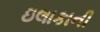
ઇલાકાની